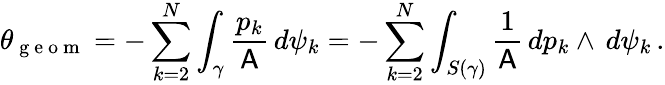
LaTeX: \theta_{\mathrm{~g~e~o~m~}}=-\sum_{k=2}^{N}\int_{\gamma}\frac{p_{k}}{\mathsf{A}}\, d\psi_{k}=-\sum_{k=2}^{N}\int_{S(\gamma)}\frac{1}{\mathsf{A}}\, dp_{k}\wedge\, d\psi_{k}\, .